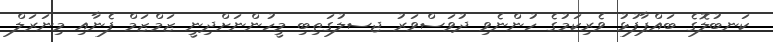
ކަނބުލޮގެ ބައްޕާފުޅު ވެރިކަމުގެ ހުންނެވި ދުވަސްވަރު ޖސލުގަތިބި މީހުންނަށްދިނީ ޒަމްޒަމް ފެނާއި މިނަރަލް